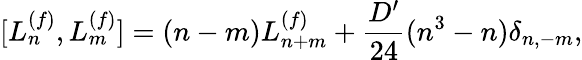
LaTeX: [L_{n}^{(f)},L_{m}^{(f)}]=(n-m)L_{n+m}^{(f)}+\frac{D^{\prime}}{24}(n^{3}-n)\delta_{n,-m},